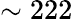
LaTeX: \sim 222